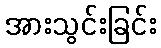
အားသွင်းခြင်း